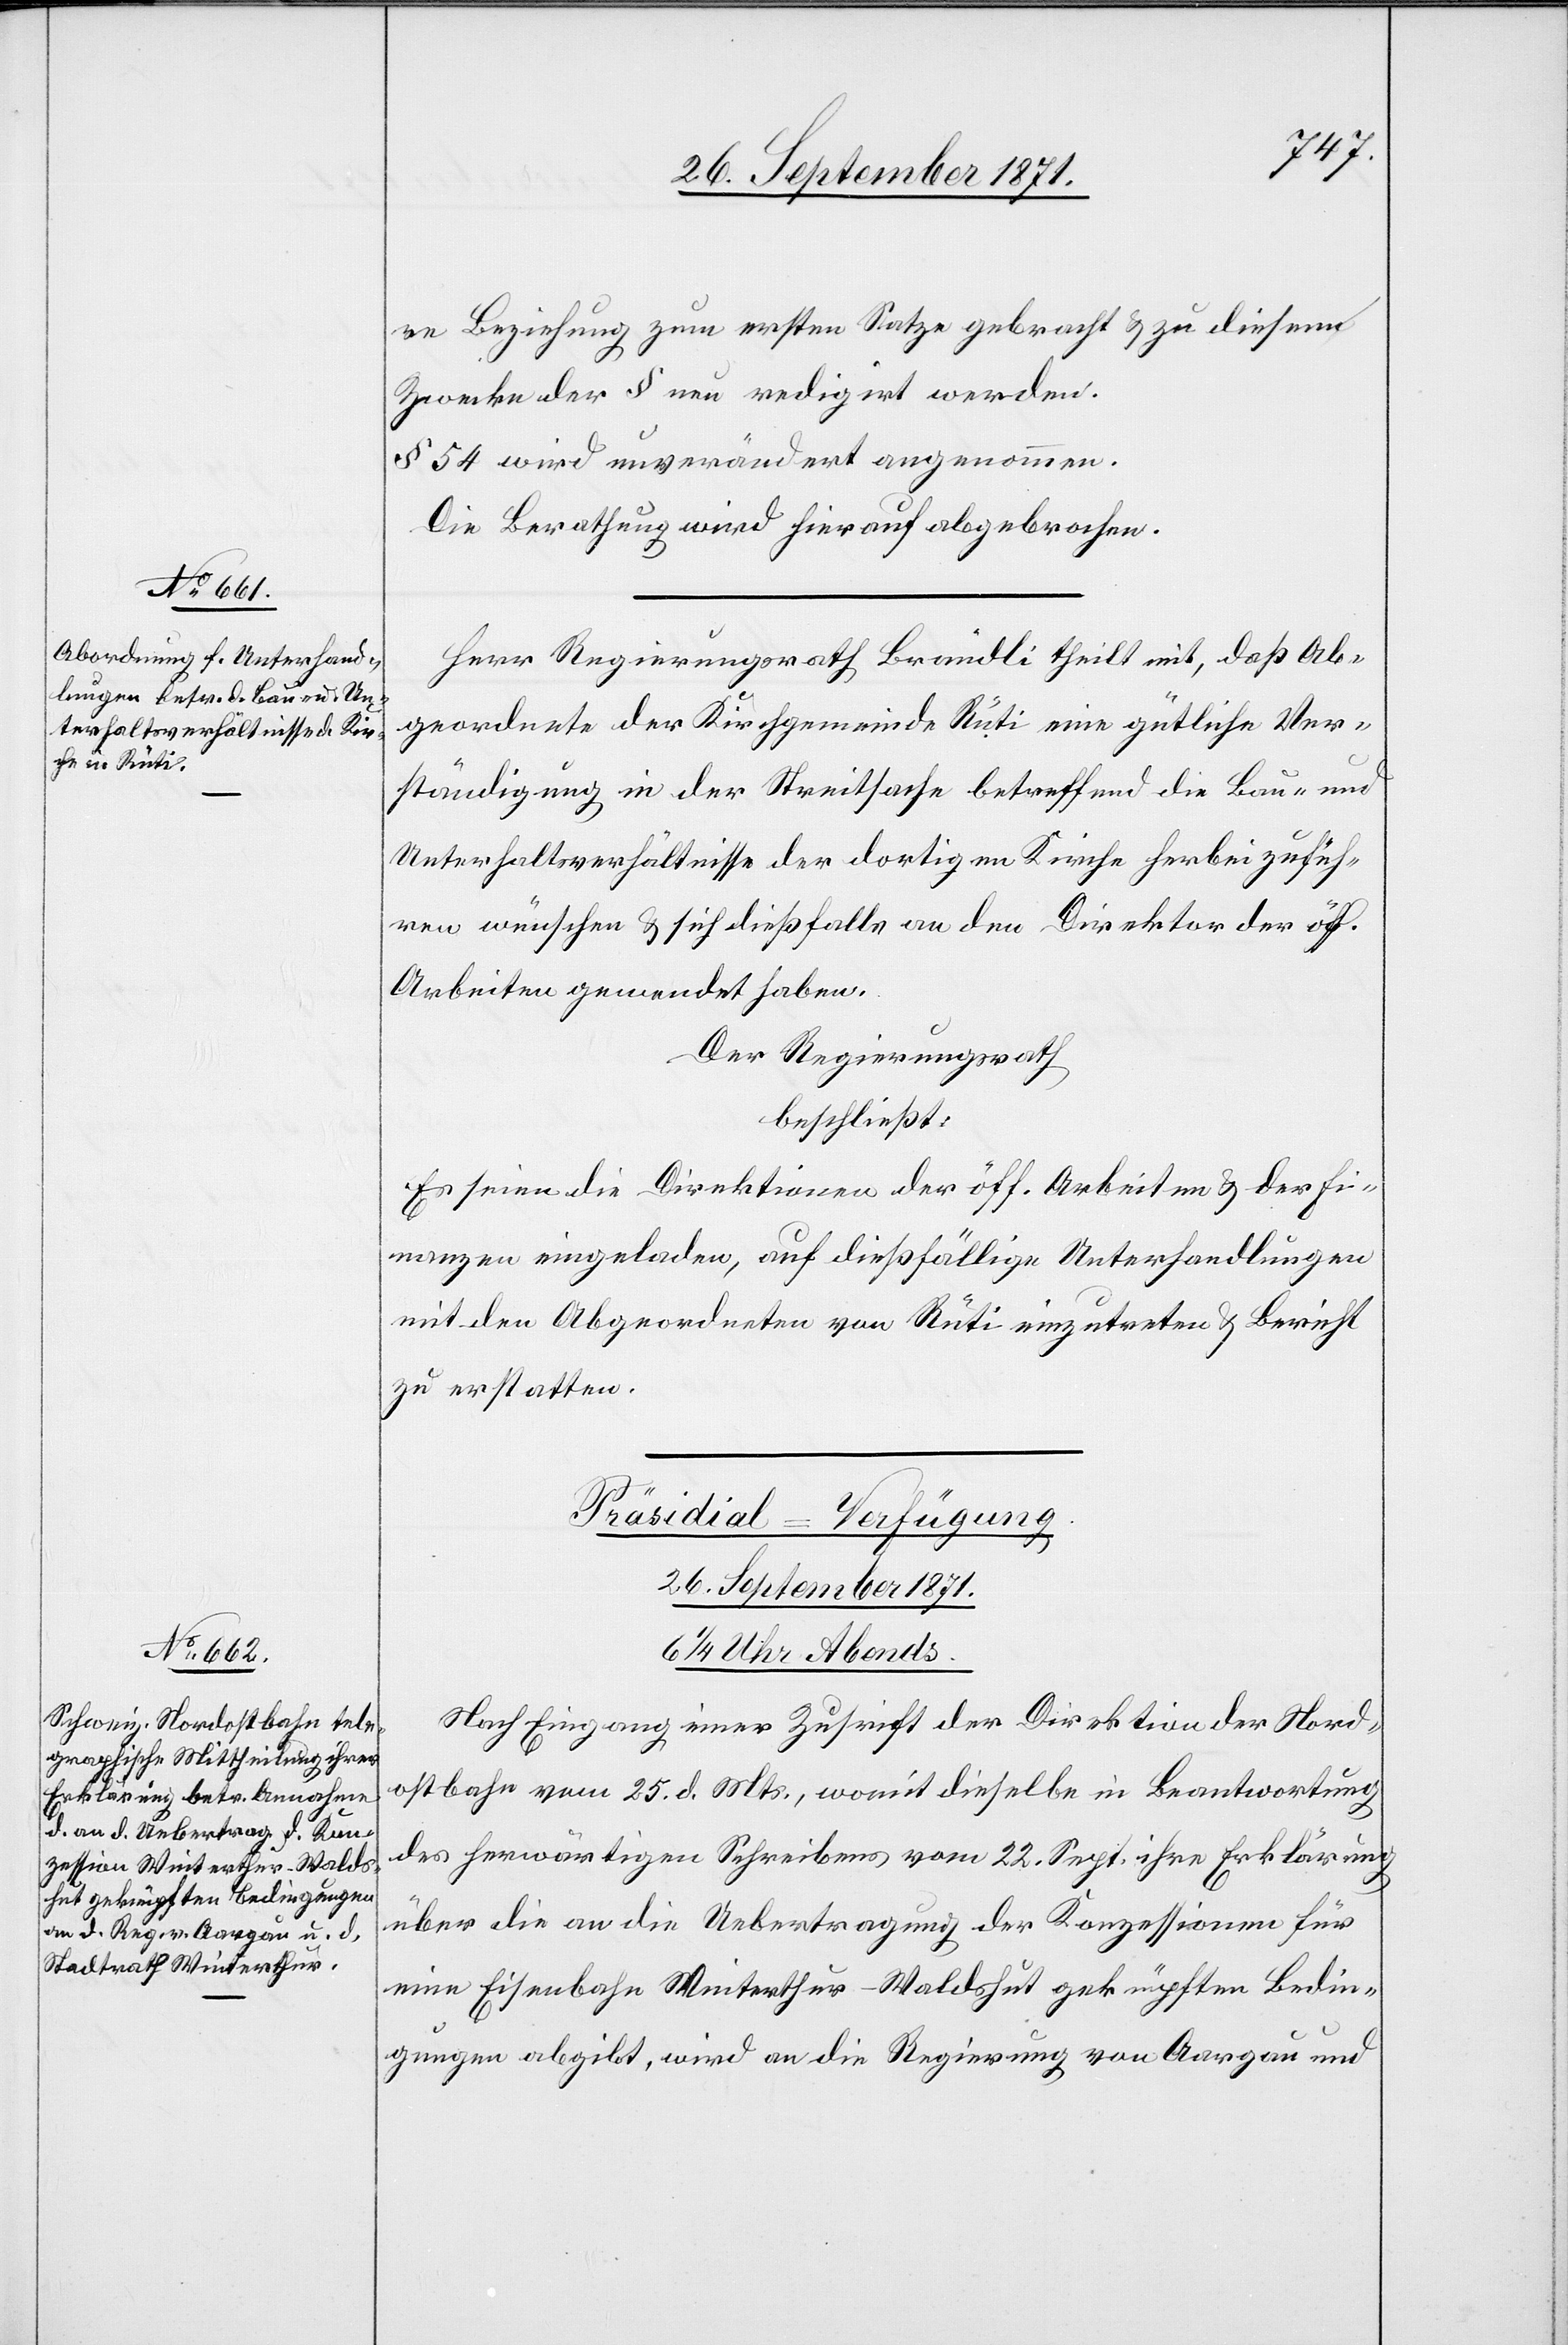
re Beziehung zum ersten Satze gebracht & zu diesem
Zwecke der § umredigirt werden.
Die Berathung wird hierauf abgebrochen.
Herr Regierungsrath Brändli theilt mit, daß Ab¬
geordnete der Kirchgemeinde Rüti eine gütliche Ver¬
ständigung in der Streitsache betreffend die Bau- und
Unterhaltsverhältnisse der dortigen Kirche herbeizufüh¬
ren wünschen & sich dießfalle an den Direktor der öff.
Arbeiten gewendet haben.
Der Regierungsrath
beschließt:
Es seien die Direktionen der öff. Arbeiten & der Fi¬
nanzen eingeladen, auf dießfällige Unterhandlungen
mit den Abgeordneten von Rüti einzutreten & Bericht
zu erstatten.
Präsidial-Verfügung.
26. September 1871.
6 1/4 Abends.
Nach Eingang einer Zuschrift der Direktion der Nord¬
ostbahn vom 25. d. Mts., womit dieselbe in Beantwortung
des herwärtigen Schreibens vom 22. Sept. ihre Erklärung
über die an Uebertragung der Konzessionen für
eine Eisenbahn Winterthur–Waldshut geknüpften Bedin¬
gungen abgibt, wird an die Regierung von Aargau und